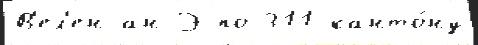
В'ел'ен-ан-Э по 311 канто́ну